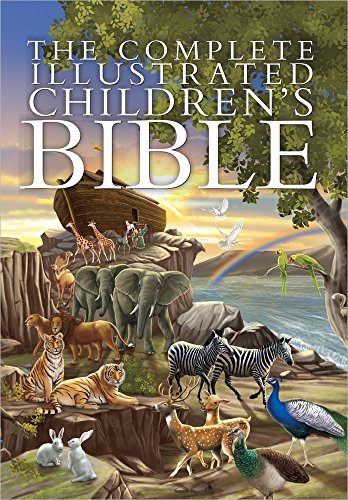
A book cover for The Complete Illustrated Children's Bible; Janice Emmerson; Christian Books & Bibles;